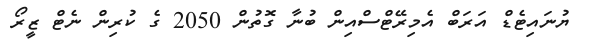
ޔުނައިޓެޑް އަރަބް އެމިރޭޓްސްއިން ބުނާ ގޮތުން 2050 ގެ ކުރިން ނެޓް ޒީރޯ